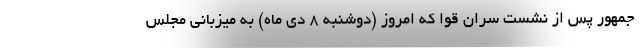
‌جمهور پس از نشست سران قوا که امروز (دوشنبه 8 دی ماه) به میزبانی مجلس